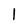
Character: 1